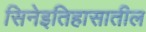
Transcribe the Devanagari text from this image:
सिनेइतिहासातील